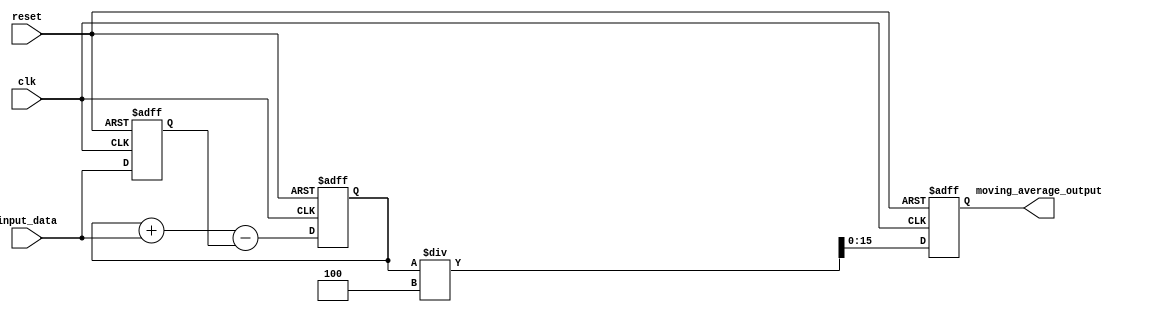
module moving_average_accumulator (
    input wire clk,
    input wire reset,
    input wire [15:0] input_data,
    output wire [15:0] moving_average_output
);

parameter N = 4; // Number of samples to average

reg [15:0] sum = 0;
reg [15:0] average = 0;
reg [15:0] prev_input_data = 0;

always @(posedge clk or posedge reset) begin
    if (reset) begin
        sum <= 0;
        average <= 0;
        prev_input_data <= 0;
    end else begin
        sum <= sum + input_data - prev_input_data;
        average <= sum / N;
        prev_input_data <= input_data;
    end
end

assign moving_average_output = average;

endmodule